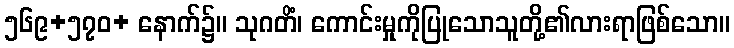
၅၆၉+၅၇၀+ နောက်၌။ သုဂတိံ၊ ကောင်းမှုကိုပြုသောသူတို့၏လားရာဖြစ်သော။